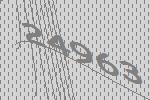
24963